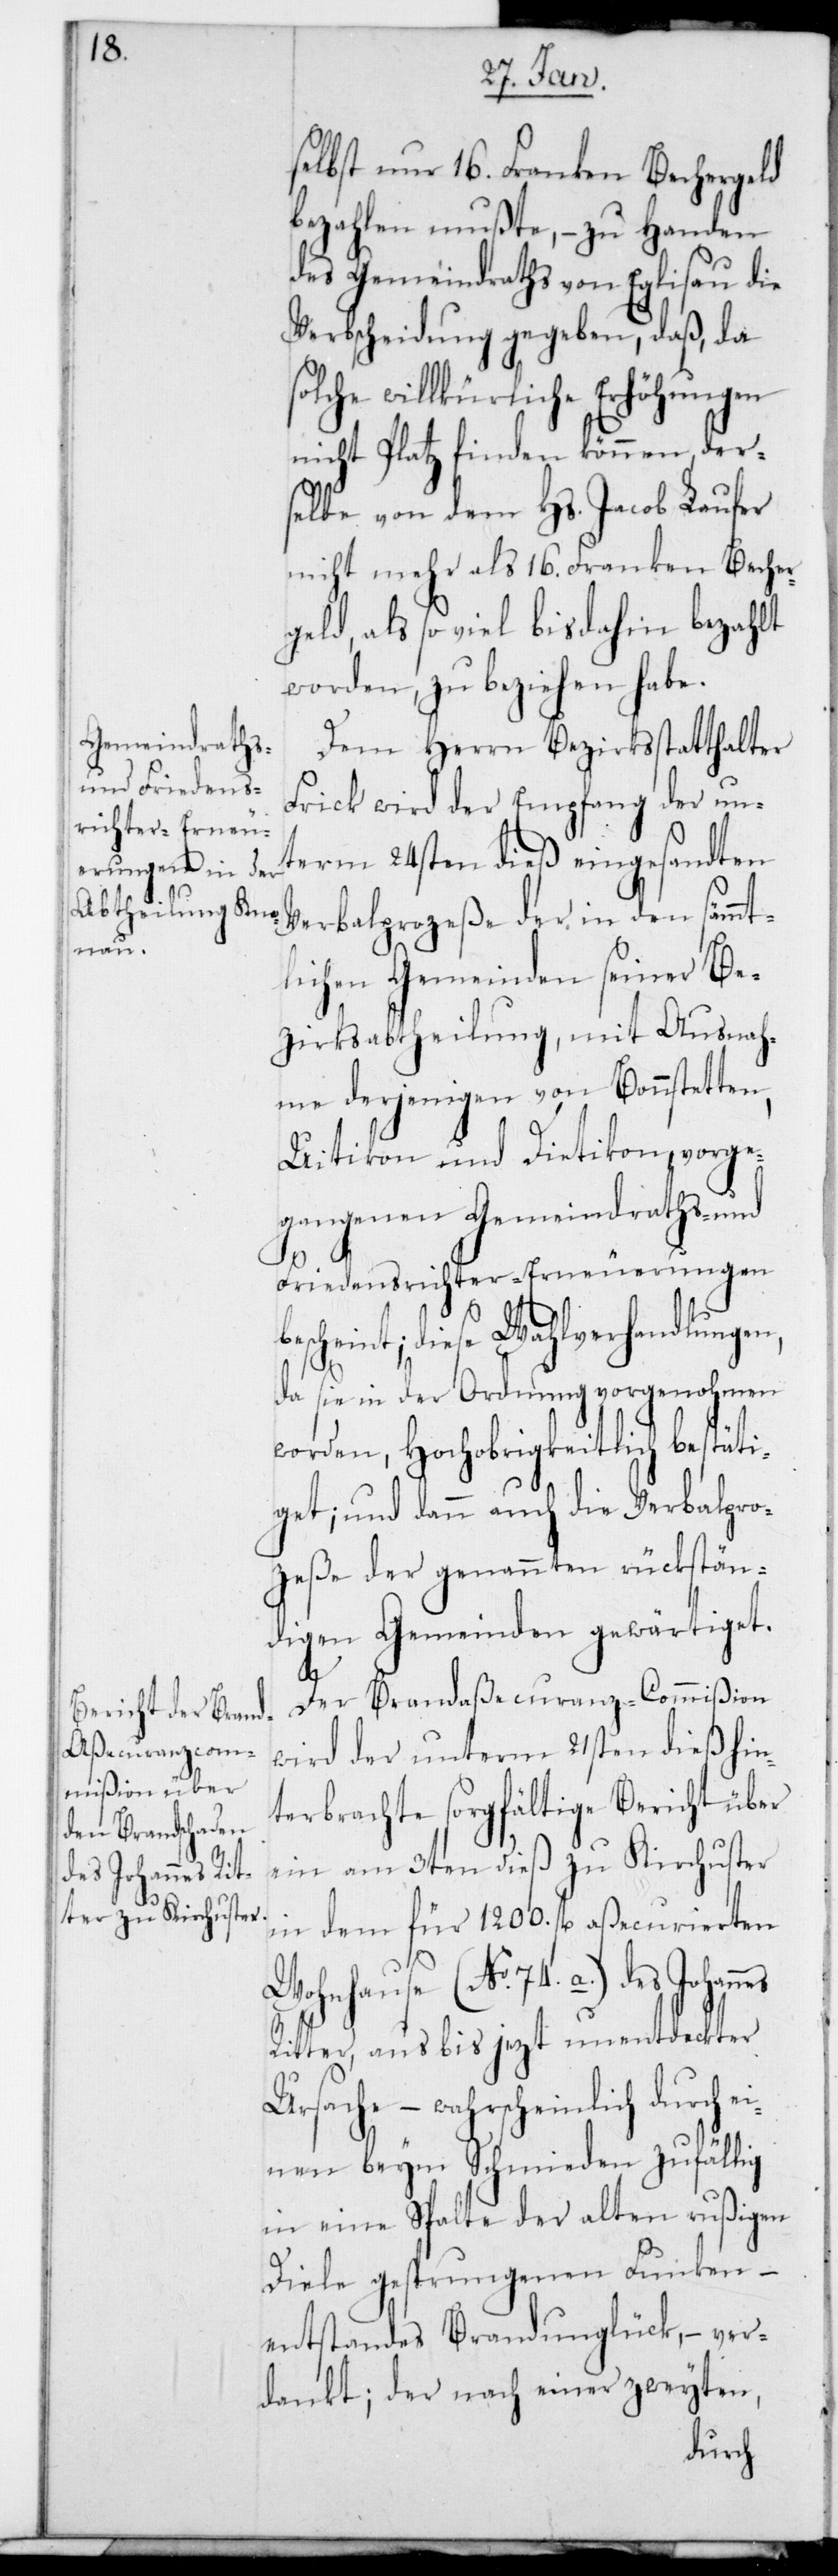
selbst nur 16. Franken Bechergeld
bezahlen mußte, – zu Handen
des Gemeindraths von Eglisau die
Verbscheidung gegeben, daß, da
solche willkührliche Erhöhungen
nicht Platz finden können, der¬
selbe von dem Hs. Jacob Laufer
nicht mehr als 16. Franken Becher¬
geld, als so viel bis dahin bezahlt
worden, zu beziehen habe.
Dem Herrn Bezirksstatthalter
Frick wird der Empfang der un¬
term 24sten dieß eingesandten
Verbalprozeße der in den sämmt¬
lichen Gemeinden seiner Be¬
zirksabtheilung, mit Ausnah¬
me derjenigen von Bonstetten,
Uitikon und Dietikon, vorge¬
gangenen Gemeindraths- und
Friedensrichter-Erneuerungen
escheint; diese Wahlverhandlungen,
da sie in der Ordnung vorgenohmen
worden, Hochobrigkeitlich bestäti¬
get; und dann auch die Verbalpro¬
zeße der genannten rückstän¬
digen Gemeinden gewärtiget.
Ur¬
Der Brandaßecuranz-Commißion
wird der unterm 21sten dieß hin¬
terbrachte sorgfältige Bericht über
ein am 3ten dieß zu Kirchuster
in dem für 1200. fl. aßecurierten
Wohnhause (No 74. a.) des Johan¬
Ritter, aus bis jetzt unentdeckter
sache, – wahrscheinlich durch
einen beym Schmieden zufällig
in eine Spalte der alten rußigen
Diele gesprungenen Funken, –
entstandenes Brandunglück, – ver¬
dankt; der nach einer zweyten,